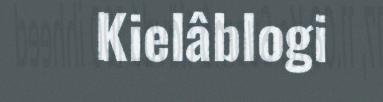
Kielâblogi